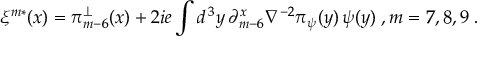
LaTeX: \xi ^ { m * } ( x ) = \pi _ { m - 6 } ^ { \perp } ( x ) + 2 i e \int d ^ { \, 3 } y \, \partial _ { m - 6 } ^ { x } \nabla ^ { - 2 } \pi _ { \psi } ( y ) \, \psi ( y ) \; , m = 7 , 8 , 9 \; .